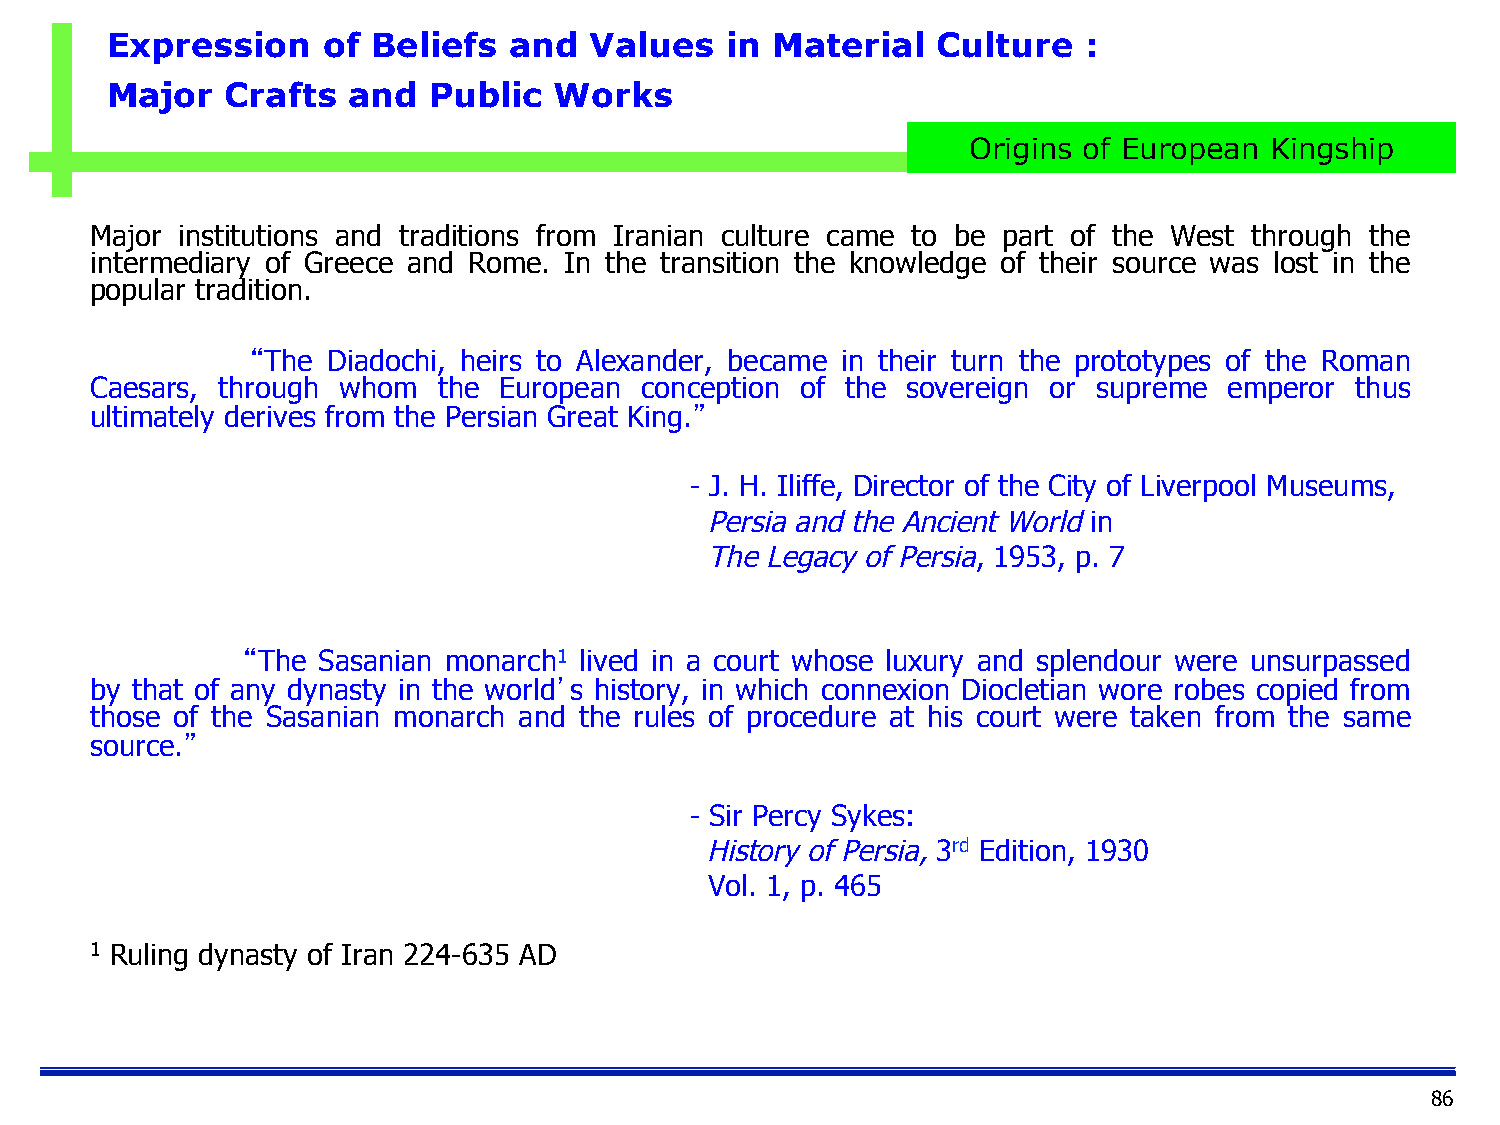
Expression    of  Beliefs  and  Values   in Material   Culture   :
 Major   Crafts  and  Public   Works
 Origins of European Kingship
 Major institutions and traditions from Iranian culture came to be part of the West through the
 intermediary of Greece and Rome. In the transition the knowledge of their source was lost in the
 popular tradition.
 “The Diadochi, heirs to Alexander, became in their turn the prototypes of the Roman
 Caesars, through whom  the European conception of the sovereign or supreme emperor  thus
 ultimately derives from the Persian Great King.”
 - J. H. Iliffe, Director of the City of Liverpool Museums,
 Persia and the Ancient World in
 The Legacy of Persia, 1953, p. 7
 “The Sasanian monarch1 lived in a court whose luxury and splendour were unsurpassed
 by that of any dynasty in the world’s history, in which connexion Diocletian wore robes copied from
 those of the Sasanian monarch and the rules of procedure at his court were taken from the same
 source.”
 - Sir Percy Sykes:
 History of Persia, 3rd Edition, 1930
 Vol. 1, p. 465
 1 Ruling dynasty of Iran 224-635 AD
 86